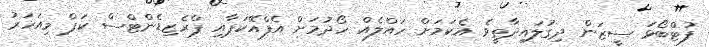
ފުޓްބޯޅަ ސީޒަން ދިގުލައިދާތީވެ އެކަމަށް ހައްލެއް ހޯދުމަށް އެފްއޭކަޕާއި ޕްރެޒިޑެންޓްސް ކަޕް މިއަހަރު